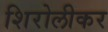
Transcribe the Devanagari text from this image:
शिरोलीकर